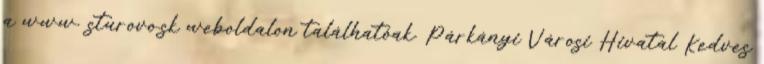
a www. sturovo.sk weboldalon találhatóak. Párkányi Városi Hivatal Kedves